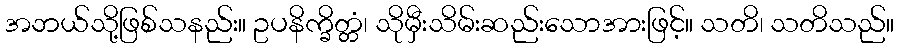
အဘယ်သို့ဖြစ်သနည်း။ ဥပနိက္ခိတ္တံ၊ သိုမှီးသိမ်းဆည်းသောအားဖြင့်။ သတိ၊ သတိသည်။